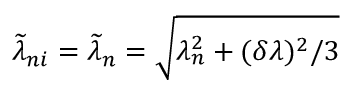
\widetilde { \lambda } _ { n i } = \widetilde { \lambda } _ { n } = \sqrt { \lambda _ { n } ^ { 2 } + ( \delta \lambda ) ^ { 2 } / 3 }